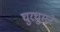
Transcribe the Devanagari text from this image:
घुरघुराने